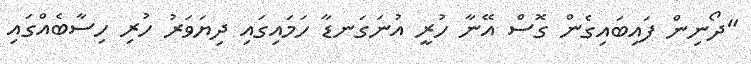
"ދޯނިން ފައިބައިގެން ގޮސް އޭނާ ހުރީ އުނަގަނޑާ ހަމައިގައި ދިޔަވަރު ހުރި ހިސާބެއްގައި